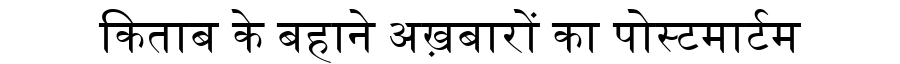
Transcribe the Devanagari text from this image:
किताब के बहाने अख़बारों का पोस्टमार्टम